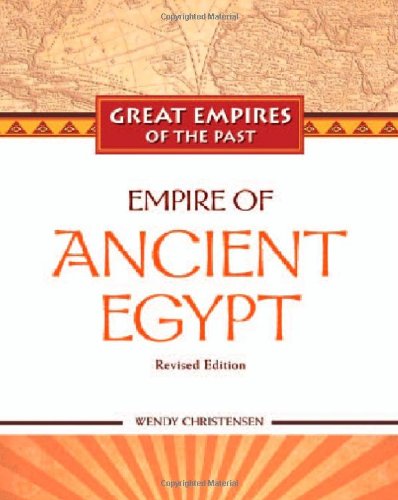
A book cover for Empire of Ancient Egypt (Great Empires of the Past); Wendy Christensen; Children's Books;